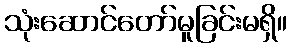
သုံးဆောင်တော်မူခြင်းမရှိ။